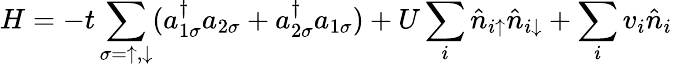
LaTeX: H=-t\sum_{\sigma=\uparrow,\downarrow}(a_{1\sigma}^{\dagger}a_{2\sigma}+a_{2\sigma}^{\dagger}a_{1\sigma})+U\sum_{i}\hat{n}_{i\uparrow}\hat{n}_{i\downarrow}+\sum_{i}v_{i}\hat{n}_{i}